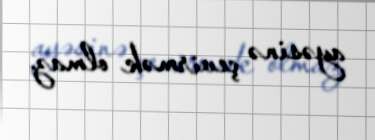
ayəsinə çevirmək olmaz.